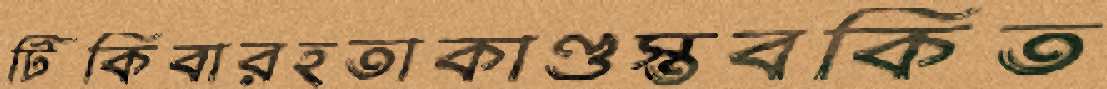
টিকিবারহতাকাণ্ডস্তবকিত